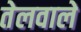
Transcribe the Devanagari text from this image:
तेलवाले